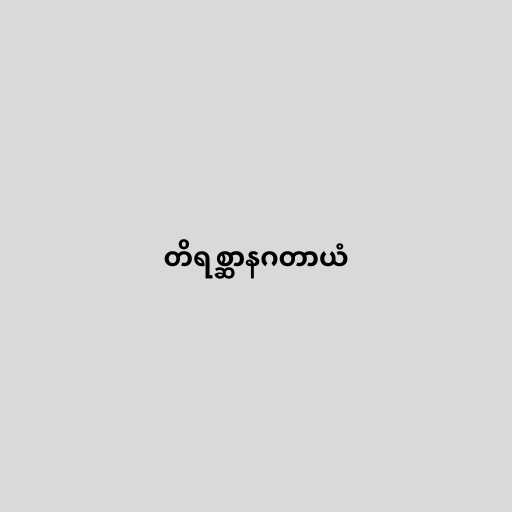
တိရစ္ဆာနဂတာယံ